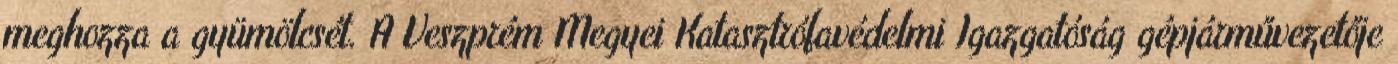
meghozza a gyümölcsét. A Veszprém Megyei Katasztrófavédelmi Igazgatóság gépjárművezetője